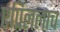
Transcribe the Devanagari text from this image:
एप्रिललाच